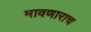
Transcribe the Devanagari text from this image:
मावणाराच